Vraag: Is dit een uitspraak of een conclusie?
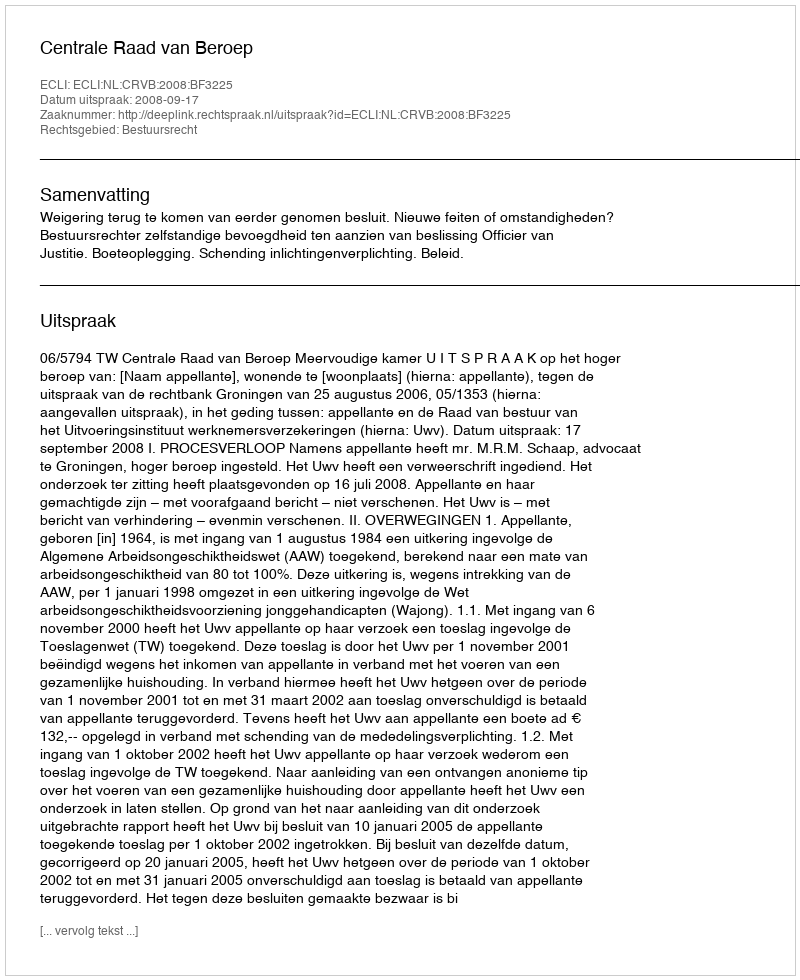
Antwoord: Uitspraak